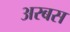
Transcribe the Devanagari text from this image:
अरबस